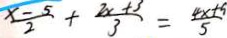
\frac { x - 5 } { 2 } + \frac { 2 x + 3 } { 3 } = \frac { 4 x + 9 } { 5 }